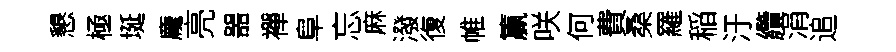
懇極埏龐亮噐襌阜忘麻潑復帷籯咲何費桑羅稲汙纜涓追